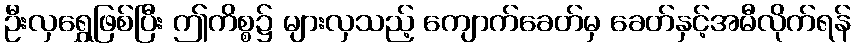
ဦးလှရွှေဖြစ်ပြီး ဤကိစ္စ၌ များလှသည့် ကျောက်ခေတ်မှ ခေတ်နှင့်အမီလိုက်ရန်